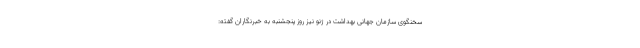
سخنگوی سازمان جهانی بهداشت در ژنو نیز روز پنجشنبه به خبرنگاران گفته: